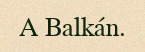
A Balkán.